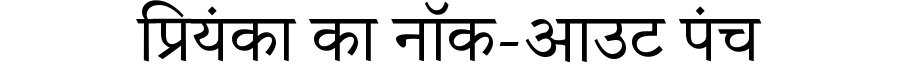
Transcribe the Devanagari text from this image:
प्रियंका का नॉक-आउट पंच